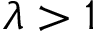
\lambda > 1